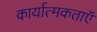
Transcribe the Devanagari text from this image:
कार्यात्मकताऍ